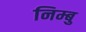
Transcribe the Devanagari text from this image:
निम्बु